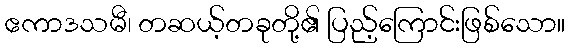
ဧကာဒသမီ၊ တဆယ့်တခုတို့၏ ပြည့်ကြောင်းဖြစ်သော။